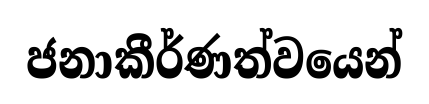
ජනාකීර්ණත්වයෙන්